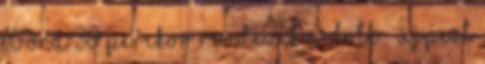
16 óra 30 perckor rendezik a DVTK – Újpest